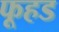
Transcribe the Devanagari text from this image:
फूहड